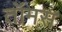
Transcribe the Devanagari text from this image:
तॉमस